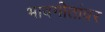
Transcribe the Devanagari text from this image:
भावगीतांवर